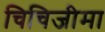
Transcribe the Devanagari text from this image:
चिचिजीमा